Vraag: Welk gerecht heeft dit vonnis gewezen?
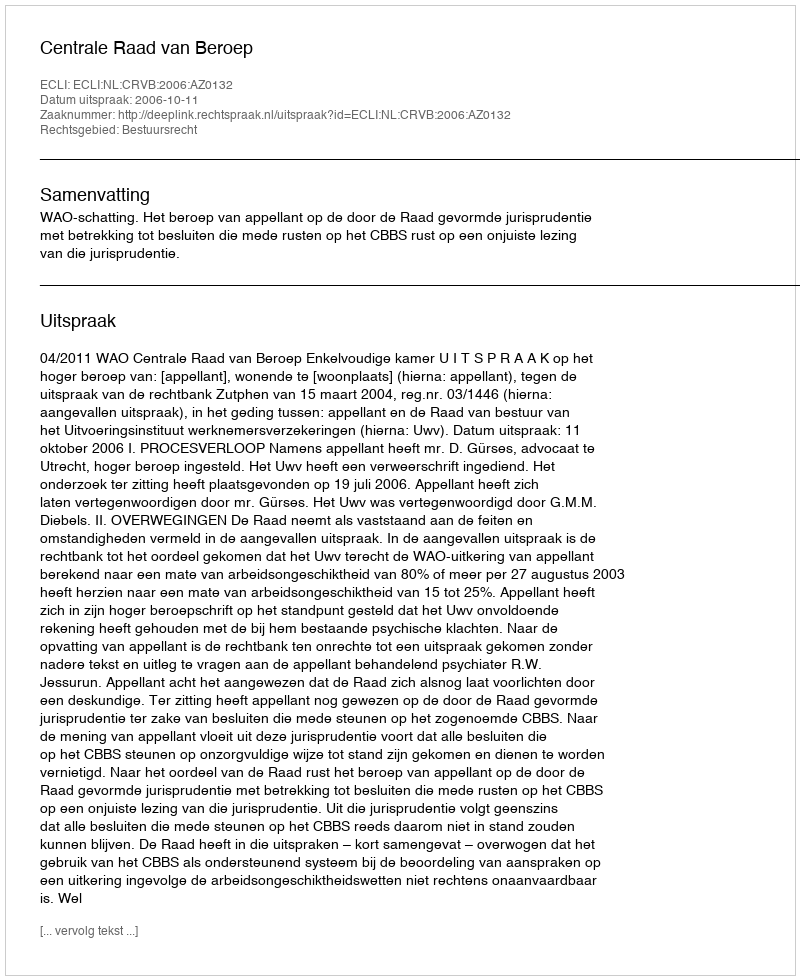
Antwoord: Centrale Raad van Beroep